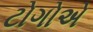
ટોગોએ